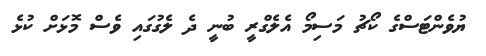
ޔުވެންޓަސްގެ ކޯޗު މަސިމޯ އެލެގްރީ ބުނީ ދެ ލެގުގައި ވެސް މޮޅަށް ކުޅެ